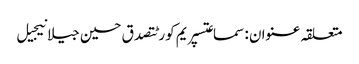
متعلقہ عنوان : سماعتسپریم کورٹتصدق حسین جیلانیجیل